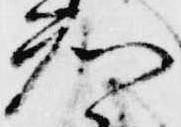
知